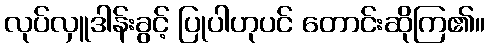
လုပ်လှူဒါန်းခွင့် ပြုပါဟုပင် တောင်းဆိုကြ၏။